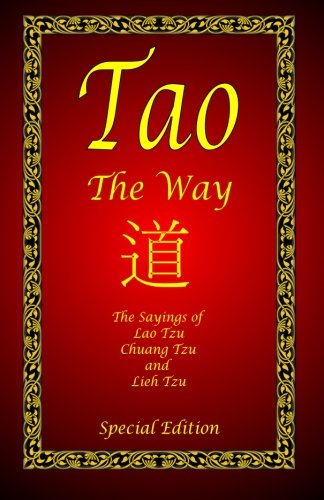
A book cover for Tao - The Way - Special Edition: The Sayings of Lao Tzu, Chuang Tzu and Lieh Tzu; Lao Tzu; Religion & Spirituality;